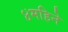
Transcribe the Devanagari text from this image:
४महिने